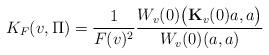
LaTeX: \begin{align*}K_F(v,\Pi) = \frac{1}{F(v)^2}\frac{W_v(0)\bigl({\bf K}_v(0)a,a\bigr)}{W_v(0)(a,a)} \end{align*}